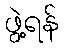
ဖွဲ့ရန်